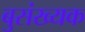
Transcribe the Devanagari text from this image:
बुसंख्यक